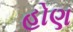
હોણ